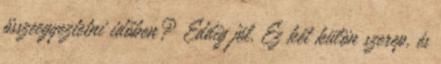
összeegyeztetni időben? Eddig jól. Ez két külön szerep, és